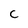
Character: C